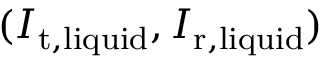
( I _ { \mathrm { t , l i q u i d } } , I _ { \mathrm { r , l i q u i d } } )